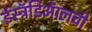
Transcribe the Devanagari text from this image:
ईस्ट्रॅडिऑलची